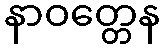
နာဝတ္တေန